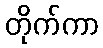
တိုက်ကာ